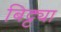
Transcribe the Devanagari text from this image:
बिट्ट्या